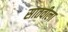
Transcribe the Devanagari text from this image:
सातवीला